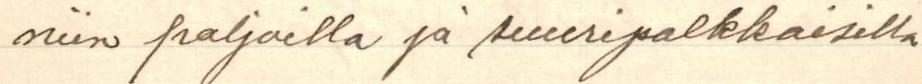
niin paljoilla ja suuripalkkaisilla